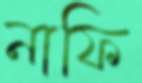
নাফি